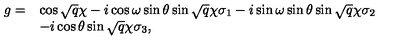
\begin{array} { l l } { g = } & { \cos \sqrt { q } \chi - i \cos \omega \sin \theta \sin \sqrt { q } \chi \sigma _ { 1 } - i \sin \omega \sin \theta \sin \sqrt { q } \chi \sigma _ { 2 } } \\ { } & { - i \cos \theta \sin \sqrt { q } \chi \sigma _ { 3 } , } \\ \end{array}